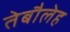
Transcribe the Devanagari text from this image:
तेबौलेह